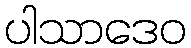
ပါသာဒေဝ